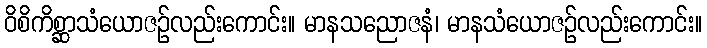
ဝိစိကိစ္ဆာသံယောဇဉ်လည်းကောင်း။ မာနသညောဇနံ၊ မာနသံယောဇဉ်လည်းကောင်း။